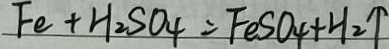
F e + H _ { 2 } S O _ { 4 } = F e S O _ { 4 } + H _ { 2 } \uparrow